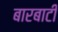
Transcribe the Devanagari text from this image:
बारबाटी